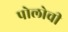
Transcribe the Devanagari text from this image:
पोलोची